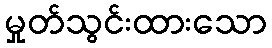
မှုတ်သွင်းထားသော